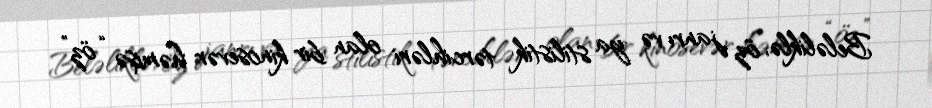
Beləliklə, öz janrı və ya stilistik tərcihləri olan bir kinosevər həmişə “öz”